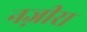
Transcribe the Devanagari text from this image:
नज़ीरा